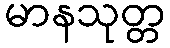
မာနသုတ္တ